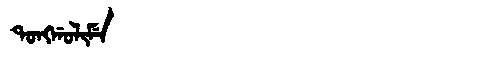
Manchu: ᡨᠣᠩᡤᠣᠯᡳᠮᡝ
Romanization: TONGGOLIME